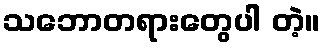
သဘောတရားတွေပါ တဲ့။